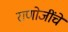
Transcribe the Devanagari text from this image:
राणोजींचे